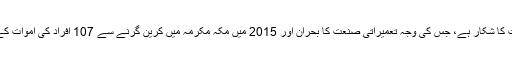
تاہم یہ گروپ گزشہ کچھ سالوں سے معاشی طور پر مشکلات کا شکار ہے، جس کی وجہ تعمیراتی صنعت کا بحران اور 2015 میں مکہ مکرمہ میں کرین گرنے سے 107 افراد کی اموات کے بعد نئے ریاستی معاہدوں کی عارضی طور پر معطلی ہے۔